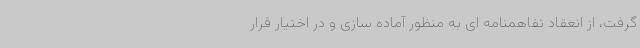
گرفت، از انعقاد تفاهمنامه ای به منظور آماده سازی و در اختیار قرار